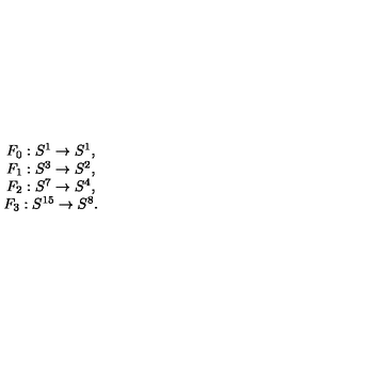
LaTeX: \begin{array} { c } { F _ { 0 } : S ^ { 1 } \rightarrow S ^ { 1 } , } \\ { F _ { 1 } : S ^ { 3 } \rightarrow S ^ { 2 } , } \\ { F _ { 2 } : S ^ { 7 } \rightarrow S ^ { 4 } , } \\ { F _ { 3 } : S ^ { 1 5 } \rightarrow S ^ { 8 } . } \\ \end{array}